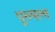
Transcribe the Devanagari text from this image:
पुरुषत्त्व